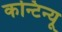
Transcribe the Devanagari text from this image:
कन्टिन्यू